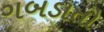
ગબડાતો